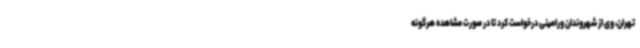
تهران، وی از شهروندان ورامینی درخواست کرد تا در صورت مشاهده هرگونه